Scottish Certificate of Education, 1962
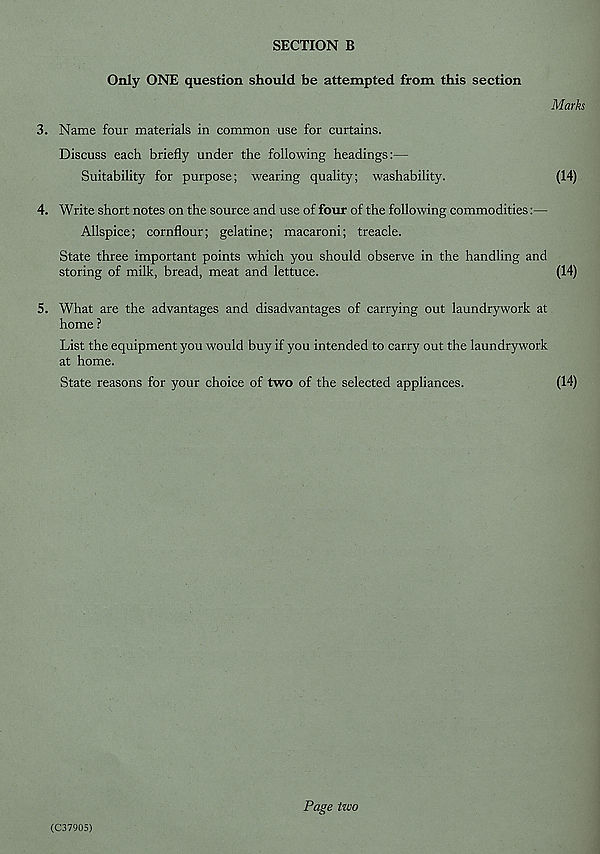
SECTION B
Only ONE question should be attempted from this section
3. Name four materials in common use for curtains.
Discuss each briefly under the following headings:—
Suitability for purpose; wearing quality; washability.
4. Write short notes on the source and use of four of the following commodities:—
Allspice; cornflour; gelatine; macaroni; treacle.
State three important points which you should observe in the handling and
storing of milk, bread, meat and lettuce.
5. What are the advantages and disadvantages of carrying out laundry work at
home ?
List the equipment you would buy if you intended to carry out the laundrywork
at home.
State reasons for your choice of two of the selected appliances.
(C37905)
Page two
Marks
(14)
(14)
(14)